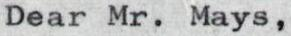
Dear Mr. Mays,